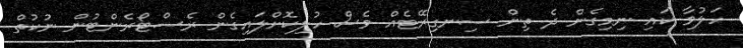
ހަލުވާ ކައި ނިމިގެން ދެ ތިން ސިނގިރޭޓެއް ވެސް ހުލިކޮށްލައިގެން ރެސްޓޯރެންޓުން ނުކުތް